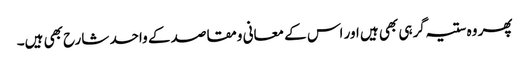
پھر وہ ستیہ گرہی بھی ہیں اور اس کے معانی ومقاصد کے واحد شارح بھی ہیں۔